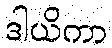
ဒါယိကာ